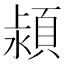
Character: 𣾢